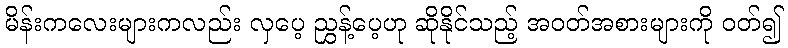
မိန်းကလေးများကလည်း လှပေ့ ညွှန့်ပေ့ဟု ဆိုနိုင်သည့် အဝတ်အစားများကို ဝတ်၍